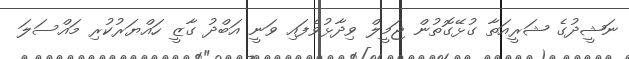
ނަޝީދުގެ ޝަރީއަތާ ގުޅޭގޮތުން ޖަމީލް ވިދާޅުވެފައި ވަނީ އަބްދު ގާޒީ ހައްޔަރުކުރި މައްސަލަ